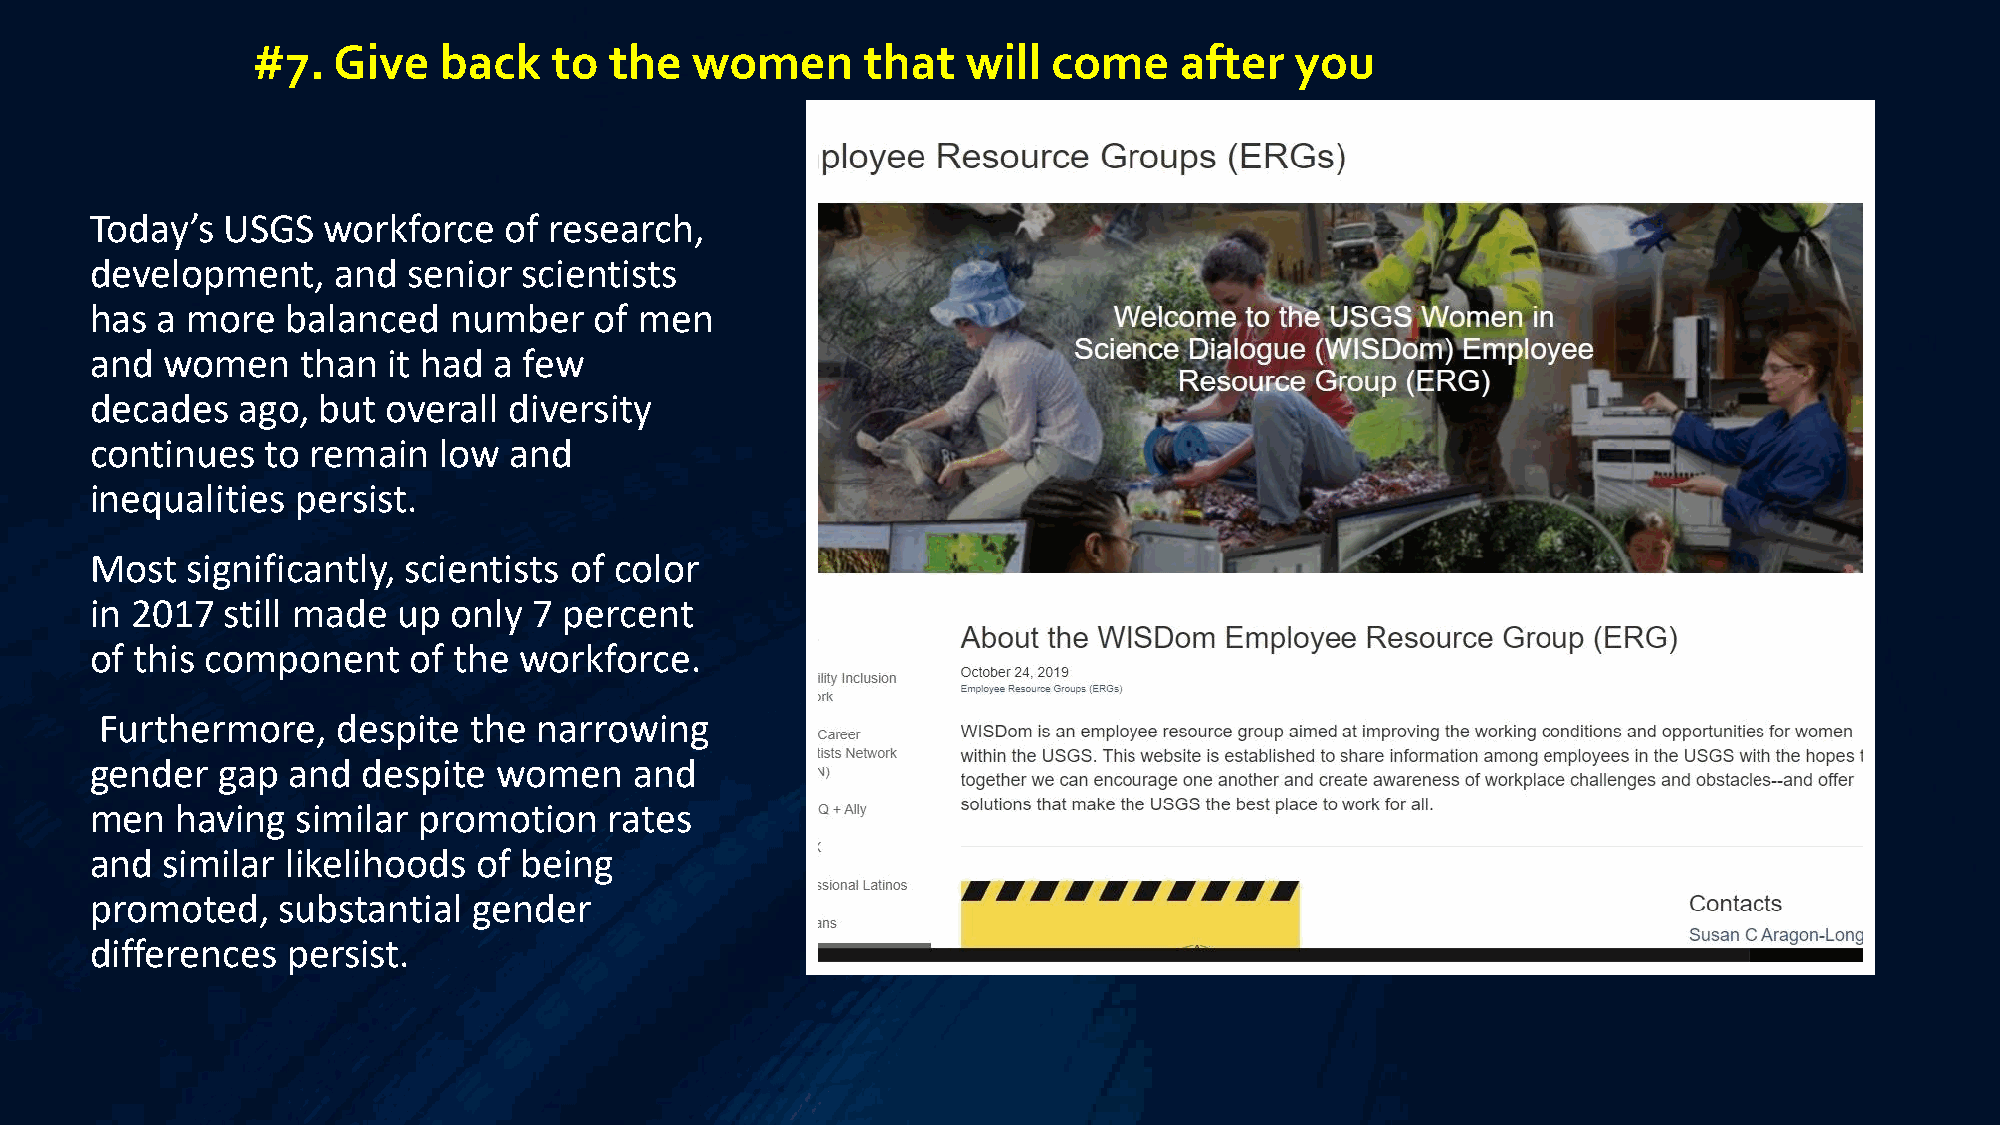
#7.  Give   back    to the   women      that   will  come    after   you
 Today’s  USGS  workforce   of research,
 development,    and  senior  scientists
 has a more   balanced   number   of men
 and  women    than  it had a few
 decades   ago, but  overall diversity
 continues   to remain  low  and
 inequalities  persist.
 Most  significantly, scientists of color
 in 2017  still made up  only 7 percent
 of this component    of the workforce.
 Furthermore,   despite  the  narrowing
 gender  gap  and  despite  women    and
 men   having  similar promotion   rates
 and  similar likelihoods  of being
 promoted,   substantial  gender
 differences  persist.